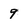
Character: 9